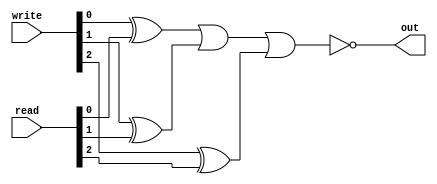
module regselcheck (write, read, out);

    input [2:0] write;
    input [2:0] read;
    
    output out;
    
    wire x0, x1, x2;
    
    assign x0 = write[0] ^ read[0];
    assign x1 = write[1] ^ read[1];
    assign x2 = write[2] ^ read[2];
    
    assign out = ~(x0 | x1 | x2);

endmodule